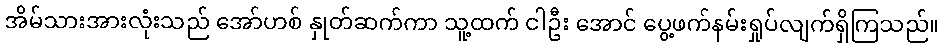
အိမ်သားအားလုံးသည် အော်ဟစ် နှုတ်ဆက်ကာ သူ့ထက် ငါဦး အောင် ပွေ့ဖက်နမ်းရှုပ်လျက်ရှိကြသည်။